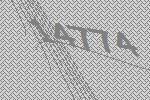
14774